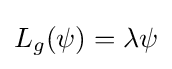
L_{g}(\psi )=\lambda \psi